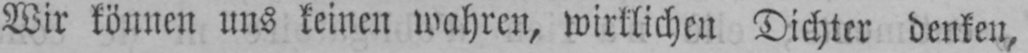
Wir können uns keinen wahren, wirklichen Dichter denken,